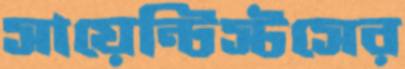
সায়েন্টিস্টসের